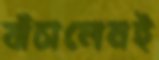
বাঁচালেনই